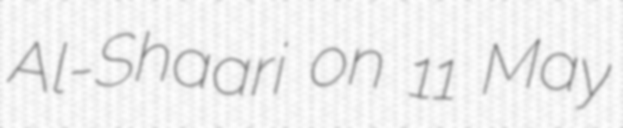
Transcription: Al-Shaari on 11 May